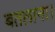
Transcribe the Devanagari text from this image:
बतलाना।